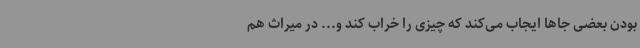
بودن بعضی جاها ایجاب می‌کند که چیزی را خراب کند و... در میراث هم